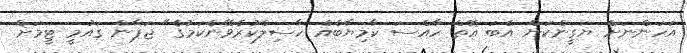
އަހަންނަށް ޔަގީންކަން އެބަ އޮތް ހާއްސަ ކާމިޔާބެއް ހާސިލްކުރެވޭނެކަމުގެ" ޖަޕާން ގައުމީ ޓީމަށް